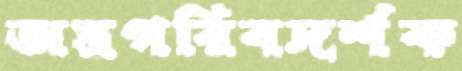
অস্ত্রপরিবদর্শক